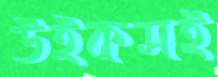
উইকসই